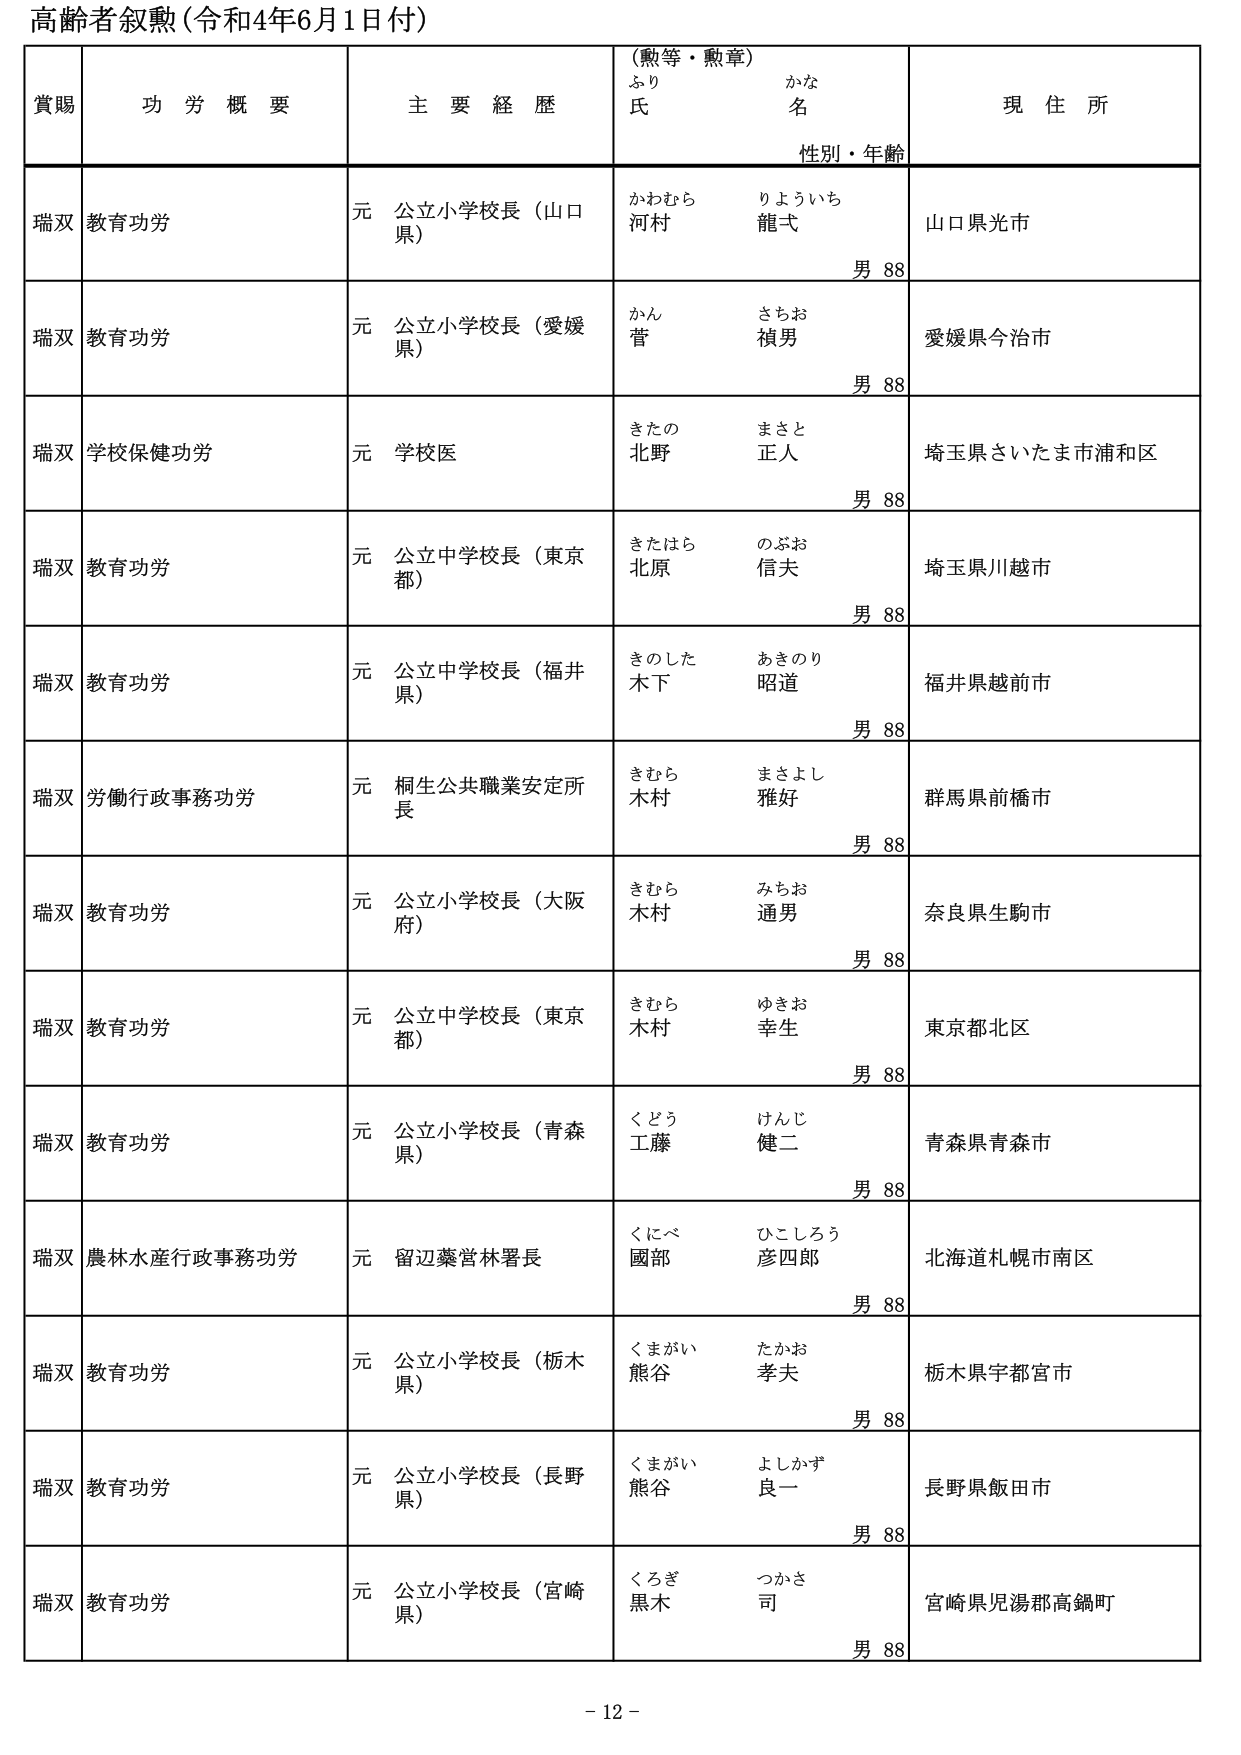
高齢者叙勲（令和4年6月1日付）

賞賜　　功労概要　　主要経歴　　（勲等・勲章）　　現住所
　　　　　　　　　　　　　　ふり　　かな
　　　　　　　　　　　　　　氏　　名
　　　　　　　　　　　　　　性別・年齢

瑞双　教育功労　　元 公立小学校長（山口県）　　かわむら　りよういち　　山口県光市
　　　　　　　　　　　　　　　　　　　　　　　　河村　龍一　　　　　　男 88

瑞双　教育功労　　元 公立小学校長（愛媛県）　　かん　さちお　　　　　愛媛県今治市
　　　　　　　　　　　　　　　　　　　　　　　　菅　禎男　　　　　　　男 88

瑞双　学校保健功労　　元 学校医　　きたの　まさと　　　　　　埼玉県さいたま市浦和区
　　　　　　　　　　　　　　　　　　　　　北野　正人　　　　　　男 88

瑞双　教育功労　　元 公立中学校長（東京都）　　きたはら　のぶお　　　埼玉県川越市
　　　　　　　　　　　　　　　　　　　　　　　北原　信夫　　　　　　男 88

瑞双　教育功労　　元 公立中学校長（福井県）　　きのした　あきのり　　福井県越前市
　　　　　　　　　　　　　　　　　　　　　　　木下　昭道　　　　　　男 88

瑞双　労働行政事務功労　　元 桐生公共職業安定所長　　きむら　まさよし　　群馬県前橋市
　　　　　　　　　　　　　　　　　　　　　　　　　木村　雅好　　　　　男 88

瑞双　教育功労　　元 公立小学校長（大阪府）　　きむら　みちお　　　　奈良県生駒市
　　　　　　　　　　　　　　　　　　　　　　　　木村　通男　　　　　　男 88

瑞双　教育功労　　元 公立中学校長（東京都）　　きむら　ゆきお　　　　東京都北区
　　　　　　　　　　　　　　　　　　　　　　　　木村　幸生　　　　　　男 88

瑞双　教育功労　　元 公立小学校長（青森県）　　くどう　けんじ　　　　青森県青森市
　　　　　　　　　　　　　　　　　　　　　　　　工藤　健二　　　　　　男 88

瑞双　農林水産行政事務功労　　元 留辺蘂営林署長　　くにべ　ひこしろう　　北海道札幌市南区
　　　　　　　　　　　　　　　　　　　　　　　　國部　彦四郎　　　　　男 88

瑞双　教育功労　　元 公立小学校長（栃木県）　　くまがい　たかお　　　栃木県宇都宮市
　　　　　　　　　　　　　　　　　　　　　　　　熊谷　孝夫　　　　　　男 88

瑞双　教育功労　　元 公立小学校長（長野県）　　くまがい　よしかず　　長野県飯田市
　　　　　　　　　　　　　　　　　　　　　　　　熊谷　良一　　　　　　男 88

瑞双　教育功労　　元 公立小学校長（宮崎県）　　くろぎ　つかさ　　　　宮崎県児湯郡高鍋町
　　　　　　　　　　　　　　　　　　　　　　　　黒木　司　　　　　　　男 88

- 12 -